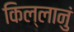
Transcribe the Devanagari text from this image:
किल्लानुं